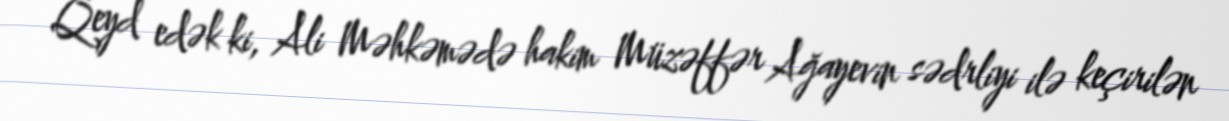
Qeyd edək ki, Ali Məhkəmədə hakim Müzəffər Ağayevin sədrliyi ilə keçirilən